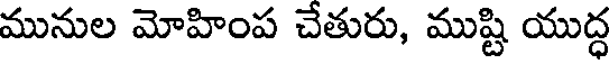
మునుల మోహింప చేతురు, ముష్టి యుద్ధ